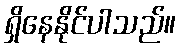
ရှိနေနိုင်ပါသည်။